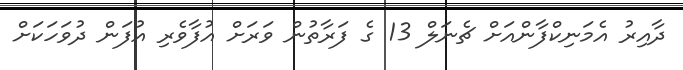
ދާއިރު އެމަނިކްފާންއަށް ޗެނަލް 13 ގެ ފަރާތުން ވަރަށް އުފާވެރި އުފަން ދުވަހަކަށް